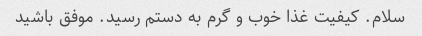
سلام. کیفیت غذا خوب و گرم به دستم رسید. موفق باشید